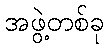
အဖွဲ့တစ်ခု